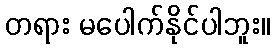
တရား မပေါက်နိုင်ပါဘူး။